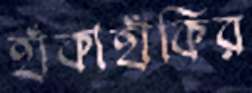
হাঁকাহাঁকির